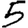
Digit: 5